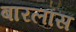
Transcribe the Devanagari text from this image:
बारलॉस